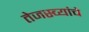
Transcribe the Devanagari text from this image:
तेजस्व्यांचे